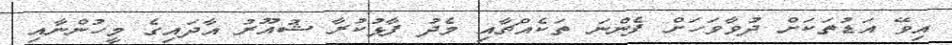
އިވޭ އަޑުތަކަށް ދުވާވަހަަށް ފެންނަ ތަކެއްޗާއި މެދު ފާޅުކުރާ ޝުއޫރު އާދައިގެ މީހުންނާއި